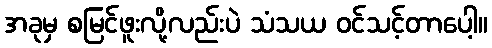
အခုမှ စမြင်ဖူးလို့လည်းပဲ သံသယ ဝင်သင့်တာပေါ့။